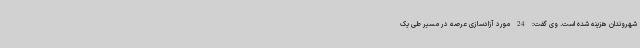
شهروندان هزینه شده است. وی گفت: 24 مورد آزادسازی عرصه در مسیر طی یک